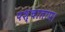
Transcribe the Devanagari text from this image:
पश्चाताप।